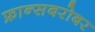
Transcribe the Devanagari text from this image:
फ्रान्सबरोबर